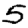
Digit: 5